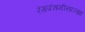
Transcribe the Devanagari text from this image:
रंगपंचमीसारखा